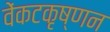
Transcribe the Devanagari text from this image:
वेंकटकृष्णन